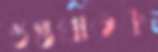
গুপ্তঘাতক